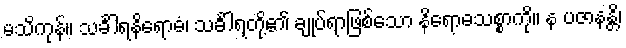
မသိကုန်။ သင်္ခါရနိရောဓံ၊ သင်္ခါရတို့၏ ချုပ်ရာဖြစ်သော နိရောဓသစ္စာကို။ န ပဇာနန္တိ၊